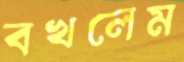
বখলেম